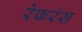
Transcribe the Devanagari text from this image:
रेफरंस